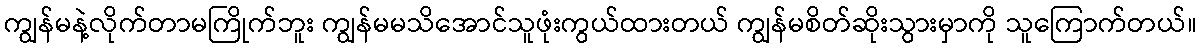
ကျွန်မနဲ့လိုက်တာမကြိုက်ဘူး ကျွန်မမသိအောင်သူဖုံးကွယ်ထားတယ် ကျွန်မစိတ်ဆိုးသွားမှာကို သူကြောက်တယ်။